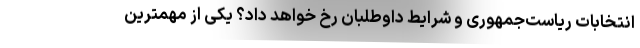
انتخابات ریاست‌جمهوری و شرایط داوطلبان رخ خواهد داد؟ یکی از مهمترین